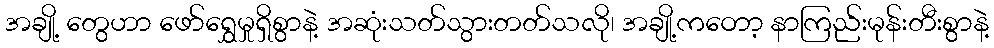
အချို့ တွေဟာ ဖော်ရွှေမှုရှိစွာနဲ့ အဆုံးသတ်သွားတတ်သလို၊ အချို့ကဝောာ့ နာကြည်းမုန်းတီးစွာနဲ့